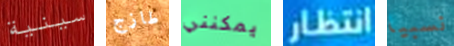
سينية طازج يمكنني انتظار نسبيا